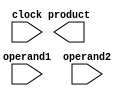
module booth_multiplier(
    input wire [15:0] operand1,
    input wire [15:0] operand2,
    output wire [31:0] product,
    input wire clock
);

wire [31:0] product_intermediate;
wire [31:0] product_shifted;
wire [31:0] operand1_booth_encoded;
wire [31:0] operand2_booth_encoded;
reg [4:0] shift_counter;
reg [1:0] booth_encoder_state;

// Multiplier block
// Implement Booth encoding algorithm to calculate product
// This block takes two 16-bit input operands and produces a 32-bit product
// using Booth encoding algorithm
// Fill in your implementation here

// Booth Encoder block
// Convert input operands into signed Booth encoded format
// This block takes the two input operands and converts them into signed Booth encoded format
// Fill in your implementation here

// Clock Divider block
// Generate clock signal for synchronization of the multiplier operation
// This block generates a clock signal for synchronization of the multiplier operation
// Fill in your implementation here

// Output the final product
assign product = product_intermediate;

endmodule